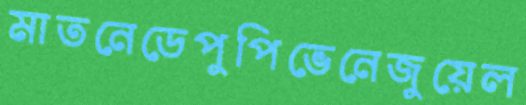
মাতনেডেপুপিভেনেজুয়েল